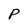
Character: P